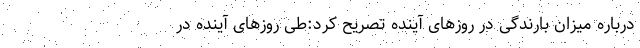
درباره میزان بارندگی در روزهای آینده تصریح کرد:طی روزهای آینده در